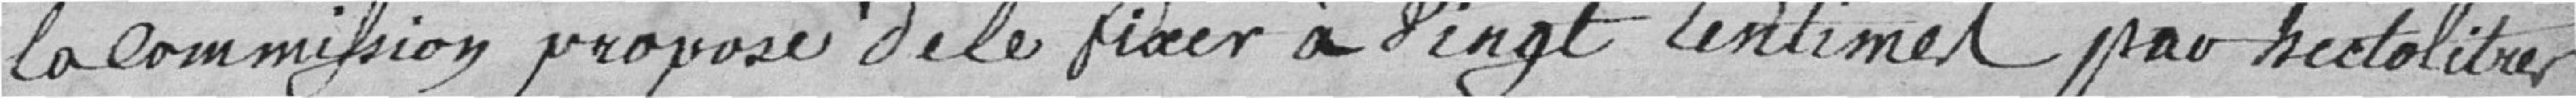
la Commission propose de le fixer à vingt centimes par hectolitres